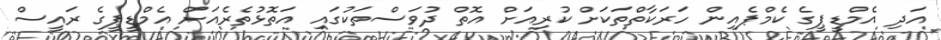
އަދި އެމްޑީޕީގެ ކެމްޕެއިން ހަރަކާތްތަކަށް ކުރިއަށް އޮތް ދުވަސްތަކުގައި އަތޮޅުތެރެއަށް އެމްޑީޕީގެ ރައީސް